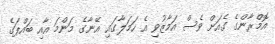
އޮމްރާންގެ ގެއަށް ވެސް އަމާޒުވި އެ ހަމަލާގައި އޭނާގެ މަންމަ އާއި ބައްޕަގެ